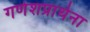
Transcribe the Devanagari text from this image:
गणेशप्रार्थना